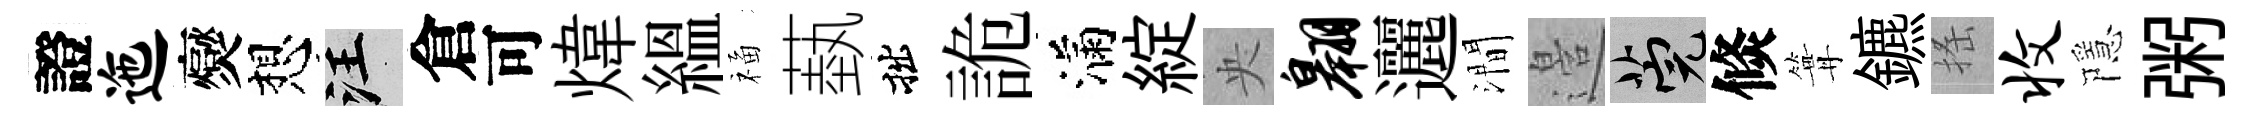
證迤爕想汪倉可煒緼福蓺拙詭滿綻央翱邐澗邉筦倐篝鑣搖收隱粥